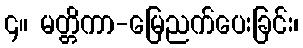
၄။ မတ္တိကာ-မြေညက်ပေးခြင်း၊